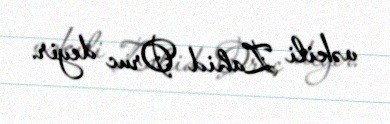
vəkili Zahid Oruc deyir.